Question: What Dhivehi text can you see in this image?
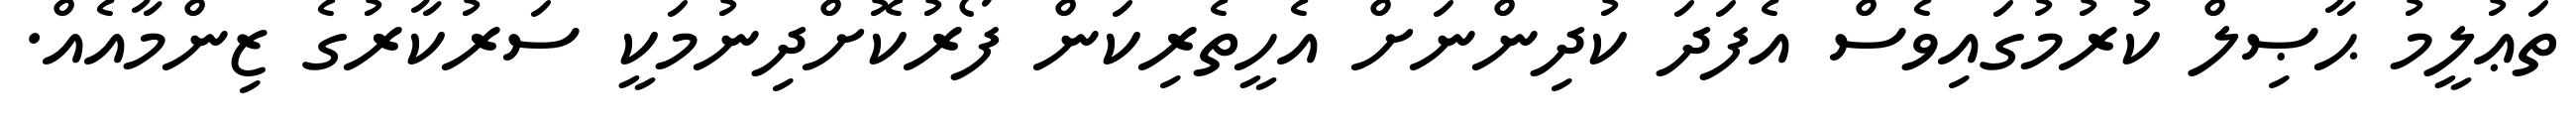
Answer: ތަޢުލީމު ޙާޞިލް ކުރުމުގައިވެސް އެފަދަ ކުދިންނަށް އެހީތެރިކަން ފޯރުކޮށްދިނުމަކީ ސަރުކާރުގެ ޒިންމާއެއް.